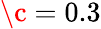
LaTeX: \c=0.3